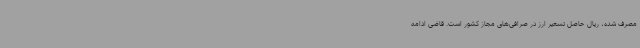
مصرف شده، ریال حاصل تسعیر ارز در صرافی‌های مجاز کشور است. قاضی ادامه